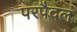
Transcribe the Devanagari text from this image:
परपैदल